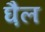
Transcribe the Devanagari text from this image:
घ़ैल